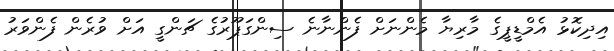
އިދިކޮޅު އެމްޑީޕީގެ މާރިޔާ މެންނަށް ފެންނާނެ ސިންގަޕޫރުގެ ޗަންގީ އަށް ވުރެން ފެންވަރު